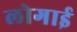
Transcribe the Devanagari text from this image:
लोगाई